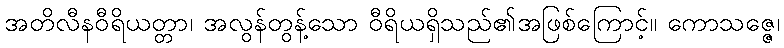
အတိလီနဝီရိယတ္တာ၊ အလွန်တွန့်သော ဝီရိယရှိသည်၏အဖြစ်ကြောင့်။ ကောသဇ္ဇေ၊